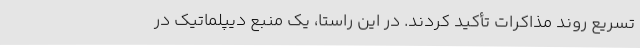
تسریع روند مذاکرات تأکید کردند. در این راستا، یک منبع دیپلماتیک در